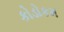
કોડોકમ